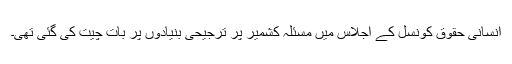
انسانی حقوق کونسل کے اجلاس میں مسئلہ کشمیر پر ترجیحی بنیادوں پر بات چیت کی گئی تھی۔